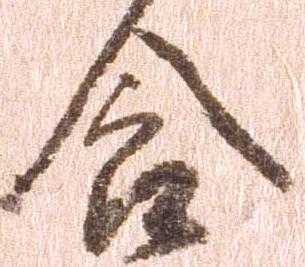
食